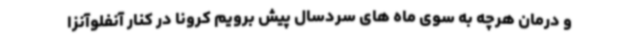
و درمان هرچه به سوی ماه های سردسال پیش برویم کرونا در کنار آنفلوآنزا